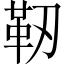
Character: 靭